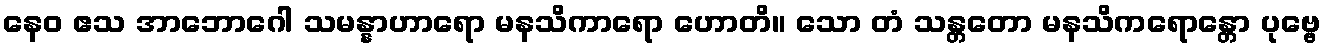
နေဝ ဧသ အာဘောဂေါ သမန္နာဟာရော မနသိကာရော ဟောတိ။ သော တံ သန္တတော မနသိကရောန္တော ပုဗ္ဗေ